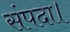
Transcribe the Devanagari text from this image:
संपदा।